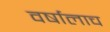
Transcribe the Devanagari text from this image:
वर्षालाच